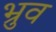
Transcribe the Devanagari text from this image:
भ्रुव